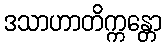
ဒသာဟာတိက္ကန္တော